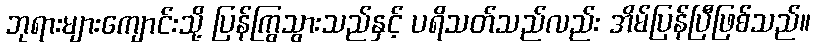
ဘုရားများကျောင်းသို့ ပြန်ကြွသွားသည်နှင့် ပရိသတ်သည်လည်း အိမ်ပြန်ပြီဖြစ်သည်။